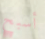
أسبح